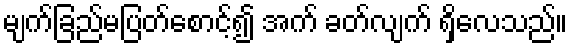
မျက်ခြည်မပြတ်စောင့်၍ အက် ခတ်လျက် ရှိလေသည်။